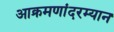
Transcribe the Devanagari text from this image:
आक्रमणांदरम्यान